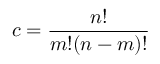
c = \frac { n ! } { m ! ( n - m ) ! }